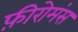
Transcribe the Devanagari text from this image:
फ़ीरोमंस